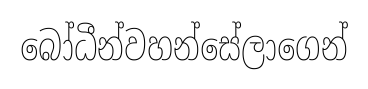
බෝධීන්වහන්සේලාගෙන්